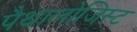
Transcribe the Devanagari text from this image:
पैथालोजिस्ट